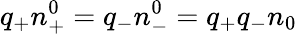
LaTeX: q_{+}n_{+}^{0}=q_{-}n_{-}^{0}=q_{+}q_{-}n_{0}